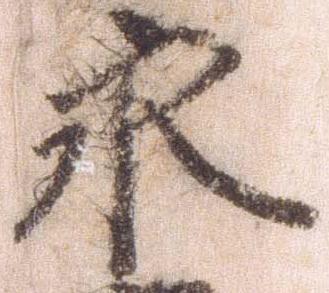
永